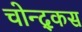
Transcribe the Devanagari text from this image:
चोन्द्कस